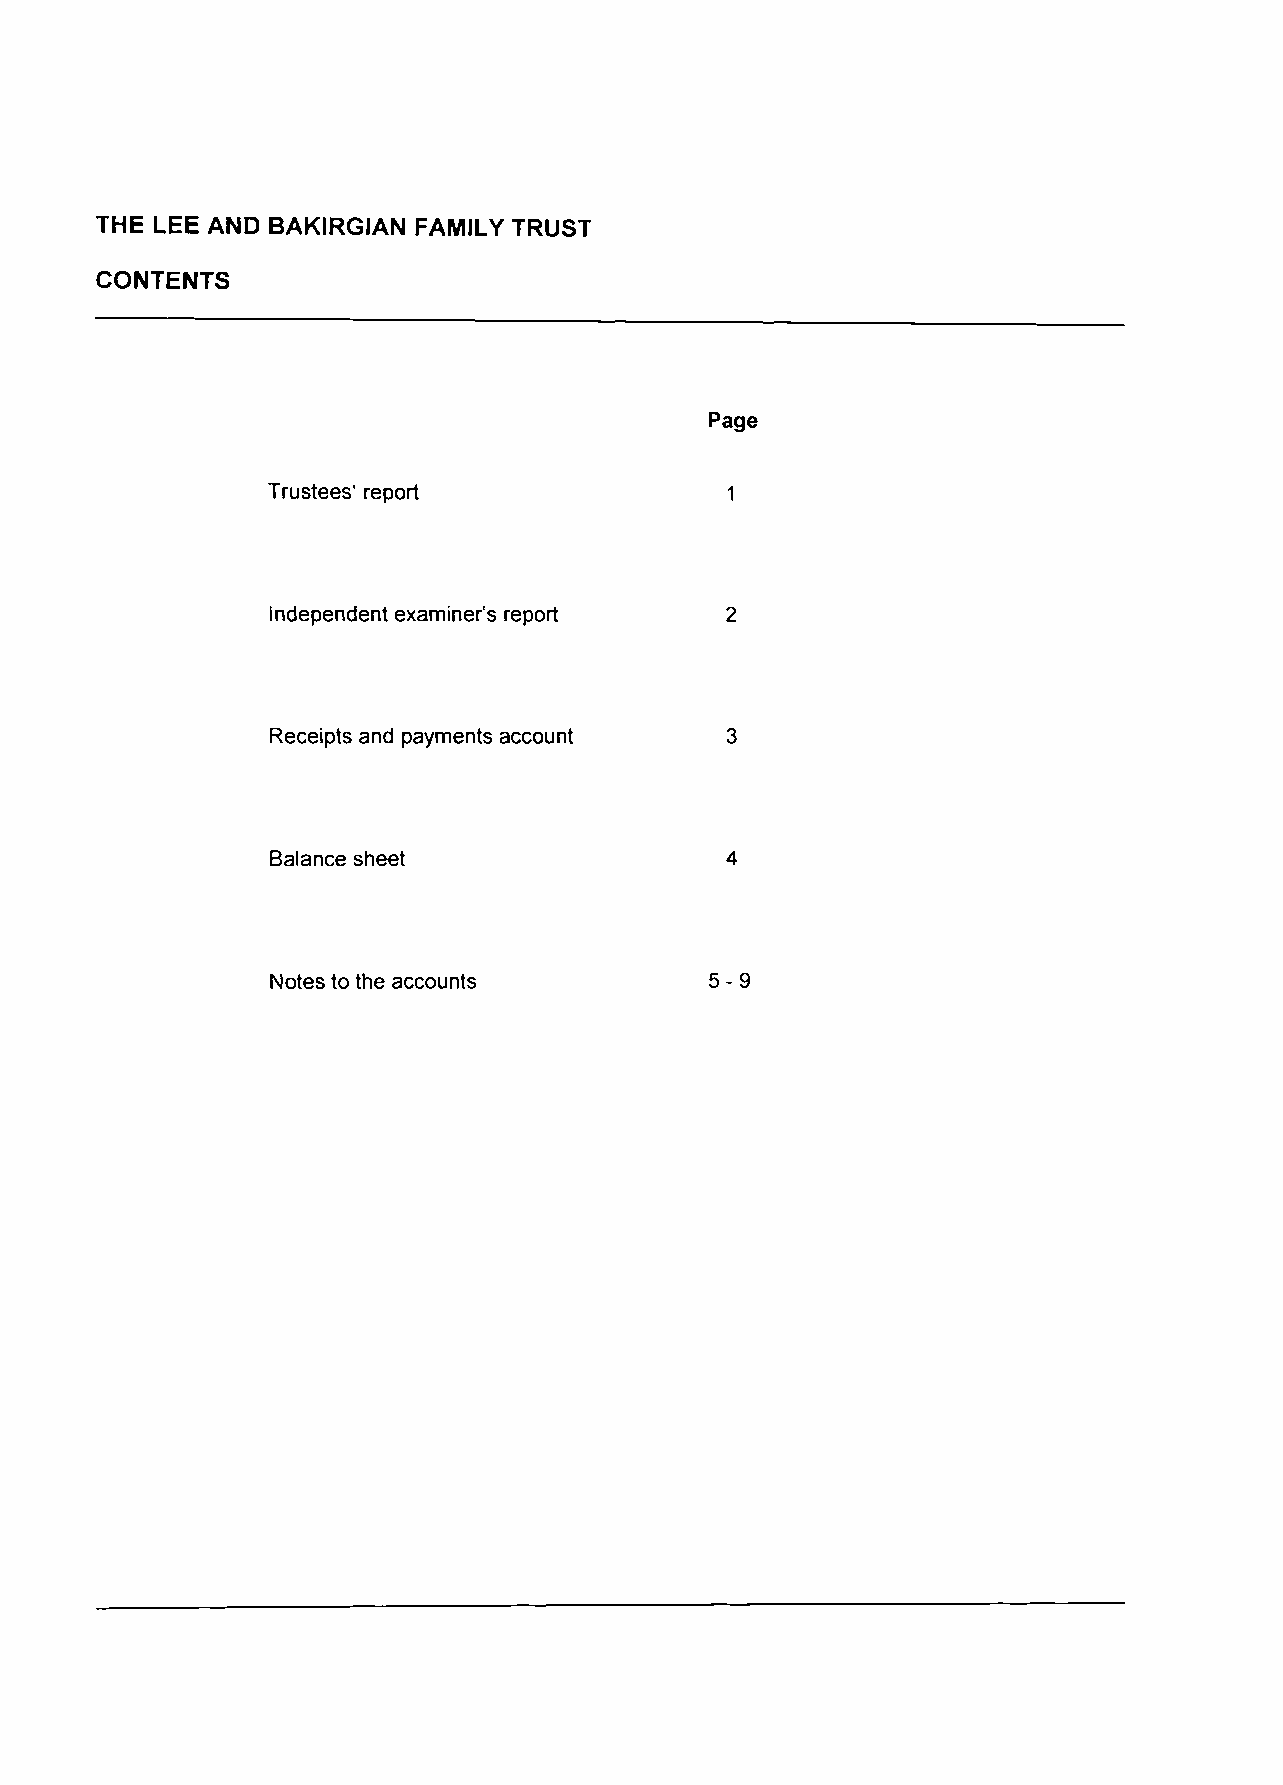
THE LEE AND BAKIRGIAN FAMILY TRUST
 CONTENTS
 Page
 Trustees' report              1
 Independent examiner's report 2
 Receipts and payments account 3
 Balance sheet                 4
 Notes to the accounts        5-9